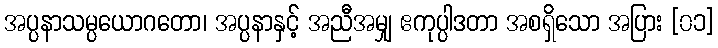
အပ္ပနာသမ္ပယောဂတော၊ အပ္ပနာနှင့် အညီအမျှ ဧကုပ္ပါဒတာ အစရှိသော အပြား [၀၁]